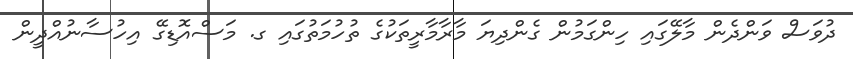
ދުވަސް ވަންދެން މާލޭގައި ހިންގަމުން ގެންދިޔަ މާރާމާރީތަކުގެ ތުހުމަތުގައި ގ. މަސްއޮޑިގޭ އިހުސާނުއްދީން